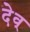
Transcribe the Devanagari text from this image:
देव्